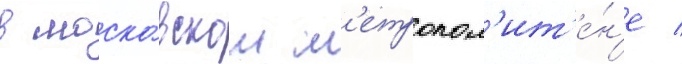
в моско́вском м'етропол'ит'е́н'е /